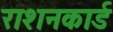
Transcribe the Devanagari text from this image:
राशनकार्ड